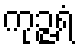
ကုဉ္ဇရံ